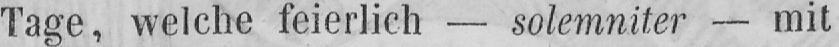
Tage, welche feierlich - solemniter - mit